Sketch of the medical history of the native army of Bombay, for the year
Year: 1872
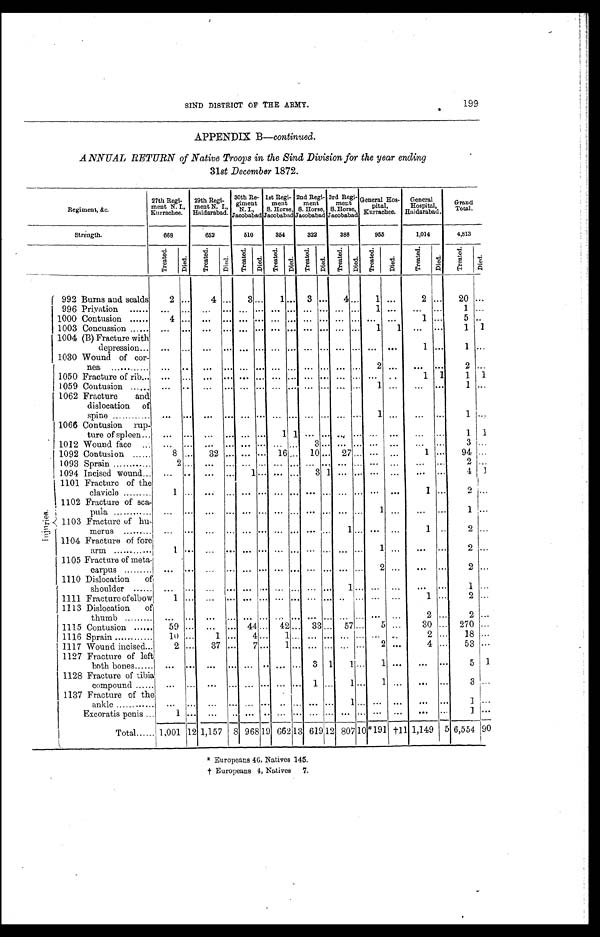
SIND DISTRICT OF THE ARMY. 199
APPENDIX B—continued.
ANNUAL RETURN of Native Troops in the Sind Division for the year ending
31st December 1872.
Regiment, &c.
2 7 t h R e g i - m e n t N . I . , K u r r a c h e e .
29t h Regi - ment N. I . , Hai dar abad. 30t h Re - gi me nt N. I . , J a c ob a ba d 1 s t Re g i - me n t S. Ho r s e , J a c o b a b a d 2nd Re gi - me nt S. Hor s e , J a c oba ba d 3r d Re gi - me nt S. Hor s e , J a c oba ba d General Hos-pi t al , Kurrachee. Ge ne r a l Hos pi t a l , Ha i da r a ba d.
Grand Total.
Strength.
668
652
510
354
322
388
955
1,014
4,813
T r e a t e d . Di ed.
Tr e a t e d. Died. Tr e a t e d. Died. Tr e a t e d. Di ed. Tr e a t e d. Died. Tr e a t e d . Di e d.
Tr e a t e d .
Died.
Tr e a t e d.
Died.
T r e a t e d . Di ed.
I nj ur i es .
992 Burns and scalds
2 ...
4 ...
3 ...
1 ... 3 ...
4
...
1 ...
2 ...
20 ...
996 Privation
... ... ... ... ... ... ... ... ... ... ... ...
1 ... ...
...
... ...
1000 Contusion
4
... ...
... ... ... ... ... ...
... ... ... ...
...
1 ...
5 ...
1003 Concussion
... ... ... ... ... ... ... ... ... ... ... ...
1
1 ... ...
1 1
1004 (B) Fracture with depression
... ... ... ... ... ... ... ... ... ......
... ... ...
1 ...
1 ...
1030Wound of cor-nea ...
... ...
... ... ... ... ... ...
... ... ...
2 ...
...
...
2 ...
1050Fracture of rib
... ... ... ... ... ... ... ... ... ... ... ... ... ...
1 1 1
1
1059 Contusion
... ... ... ... ... ... ... ... ... ... ... ...
1 ...
... ...
1 ...
1062Fracture and dislocation of spine
...
... ...
... ... ... ... ... ...
... ... ...
1 ...
... ...
1
...
1066Contusion rup-ture of spleen
... ... ... ... ... ...
1
1 ...
... ... ... ...
...
... ...
1 1
1012 Wound face
... ... ... ... ... ... ... ... 3
... ... ... ...
...
... ...
3 ...
1092 Contusion
8 ...
32 ... ...
... 16 ... 10 ... 27 ... ... ...
1 ...
94 ...
1093 Sprain
2
... ......
... ... ... ... ... ...
... ... ... ...
...
... ...
2 ...
1094 Incises wound
... ... ... ... 1
... ... ... 3
1 ... ... ...
... ...
...
4 1
1101 Fracture of the clavicle
1 ...
...
... ... ... ... ... ...
... ... ... ...
...
1 ... 2
...
1102 Fracture of sca-pula ...
... ...
... ... ... ... ... ...
... ... ...
1 ...
... ... 1
...
1103 Fracture of hu-merus ...
... ...
... ... ... ... ... ...
... 1
... ...
...
1 ... 2
...
1104 Fracture of forearm 1
... ...
... ... ... ... ... ...
... ... ...
1 ...
...
...
2 ...
1105 Fracture of meta-carpus ...
... ...
... ... ... ... ... ...
... ... ... 2
...
...
...
2 ...
1110 Dislocation of shoulder
... ... ...
... ... ... ...
... ... ... 1
... ...
... ...
... 1
...
1111 Fracture of elbow1
... ...
... ... ... ... ... ...
... ... ... ...
...
1 ... 2
...
1113 Dislocation of thumb ...
... ...
... ... ... ... ... ...
... ... ... ...
...
2 ... 2
...
1115 Contusion
59... ...
... 44 ... 42
... 33 ... 57 ... 5
...
30 ... 270
...
1116 Sprain
10... 1
... 4
... 1
... ... ... ... ... ...
...
2... 18
...
1117 Wound incised
2... 37
... 7
... 1
... ...
... ... ... 2
...
4... 53
...
1127 Fracture of left both bones
...
... ...
... ... ... ...
... 3
1 1
... 1
...
... ... 5
1
1128 Fracture of tibia compound
...
... ...
... ...
......
... 1
... 1
... 1
... ...
...
3 ...
1137 Fracture of the ankle
... ......
... ...
...... ... ...
... 1
... ...
... ...
...
1 ...
Excoratis penis1
... ...
... ...
... ...
... ...
... ... ... ...
... ...
...
1 ...
T o t a l 1,001 12
1,157
8 968 19 662 13 619 12807 10 *191 †11 1,149 5 6,554 90
† E u r o p e a n s 4 , N a t i v e s 7 .